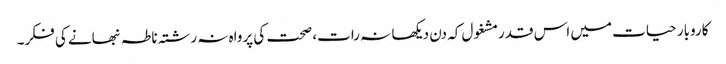
کاروبار حیات میں اس قدرمشغول کہ دن دیکھا نہ رات، صحت کی پرواہ نہ رشتہ ناطہ نبھانے کی فکر۔